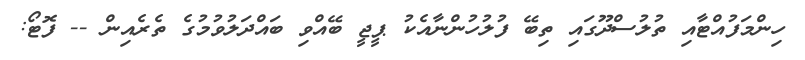
ހިންމަފުއްޓާއި ތުލުސްދޫގައި ތިބޭ ފުލުހުންނާއެކު ޕީޖީ ބޭއްވި ބައްދަލުވުމުގެ ތެރެއިން -- ފޮޓޯ: